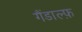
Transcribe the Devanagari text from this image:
गैंडाल्फ़